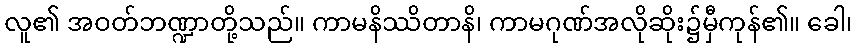
လူ၏ အဝတ်ဘဏ္ဍာတို့သည်။ ကာမနိဿိတာနိ၊ ကာမဂုဏ်အလိုဆိုး၌မှီကုန်၏။ ခေါ၊